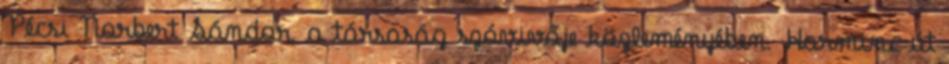
Pécsi Norbert Sándor, a társaság szóvivője közleményében. Harminc út